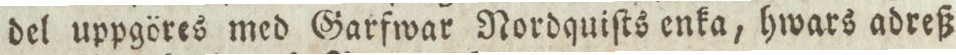
del uppgöres med Garfwar Nordquiſts enka, hwars adreß